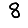
Digit: 8